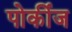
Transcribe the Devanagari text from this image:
पोर्कीज